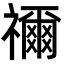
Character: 禰